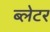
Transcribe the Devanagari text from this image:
ब्लेटर